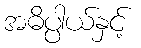
အဓိပ္ပါယ်နှင့်